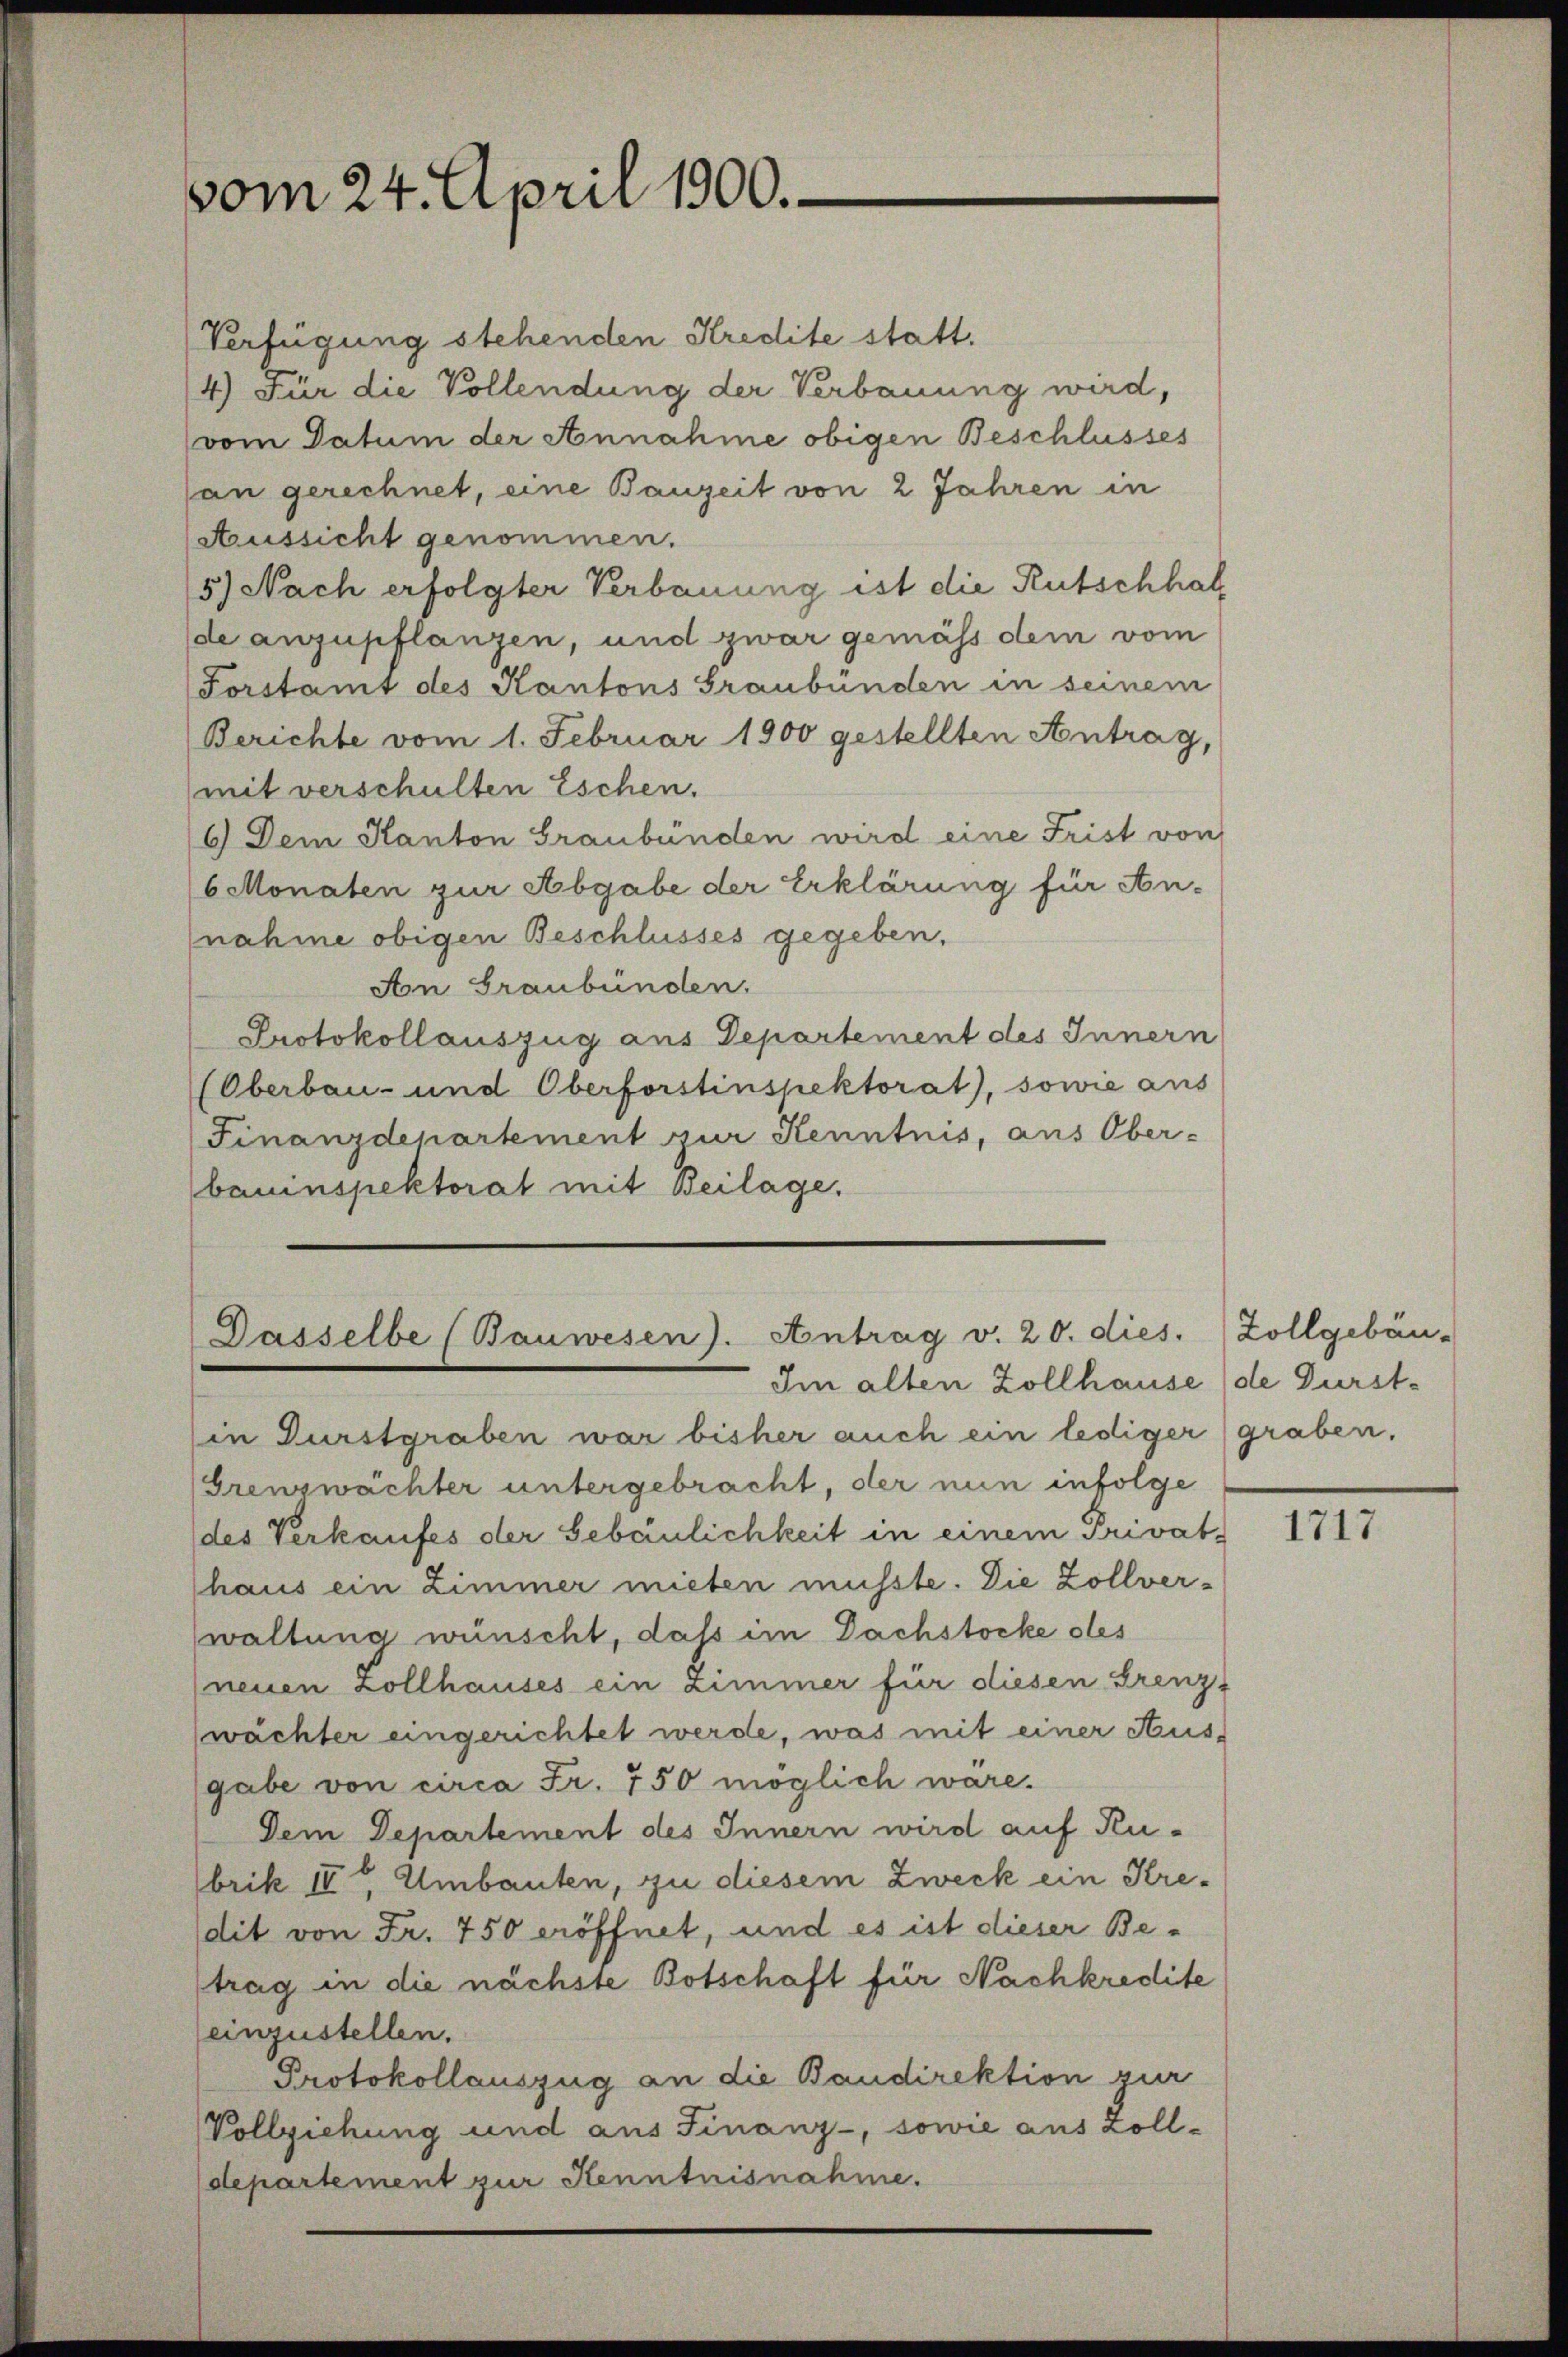
vom 24. April 1900.

Verfügung stehenden Kredite statt.
4) Für die Vollendung der Verbauung wird,
vom Datum der Annahme obigen Beschlusses
an gerechnet, eine Bauzeit von 2 Jahren in
Aussicht genommen.
5) Nach erfolgter Verbauung ist die Rutschhal
de anzupflanzen, und zwar gemäss dem vom
Forstamt des Kantons Graubünden in seinem
Berichte vom 1. Februar 1900 gestellten Antrag,
(mit verschulten Eschen.
6) Dem Kanton Graubünden wird eine Frist von
6 Monaten zur Abgabe der Erklärung für An-
nahme obigen Beschlusses gegeben.
An Graubünden.
Protokollauszug aus Departement des Innern
(Oberbau- und Oberforstinspektorat), sowie aus
Finanzdepartement zur Kenntnis, aus Ober-
bauinspektorat mit Beilage.

Dasselbe (Bauwesen). Antrag v. 20. dies.
Im alten Zollhause (de Durst¬

in Turstgraben war bisher auch ein lediger (graben.
(Grenzwächter untergebracht, der nun infolge
des Verkaufes der Gebäulichkeit in einem Privat-
haus ein Zimmer mieten müsste. Die Zollverwaltung wünscht, daß im Dachstocke des
(neuen Zollhauses ein Zimmer für diesen Grenz-
wächter eingerichtet werde, was mit einer Aus-
gabe von circa Fr. 750 möglich wäre.
Dem Departement des Innern wird auf Kubrik IV Umbauten, zu diesem Zweck ein Kredit von Fr. 750 eröffnet, und es ist dieser Betrag in die nächste Botschaft für Nachkredite
einzustellen.
Protokollauszug an die Baudirektion zur
Vollziehung und aus Finanz-, sowie aus Zoll-
departement zur Kenntnisnahme.

Zollgebäu-

1717